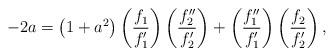
LaTeX: \begin{align*}-2a=\left( 1+a^{2}\right) \left( \frac{f_{1}}{f_{1}^{\prime }}\right) \left( \frac{f_{2}^{\prime \prime }}{f_{2}^{\prime }}\right) +\left( \frac{f_{1}^{\prime \prime }}{f_{1}^{\prime }}\right) \left( \frac{f_{2}}{f_{2}^{\prime }}\right) , \end{align*}